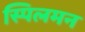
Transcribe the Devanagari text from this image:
स्पिलमन